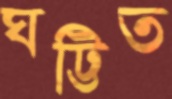
ঘট্টিত